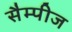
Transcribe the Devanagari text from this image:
सैम्पीज